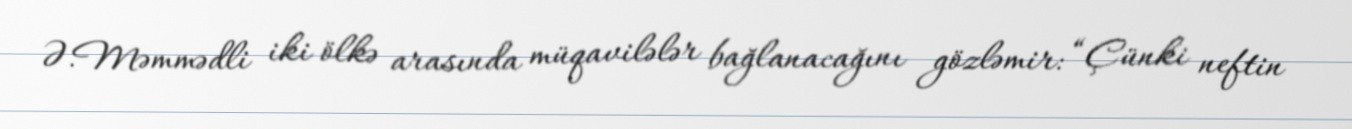
Ə.Məmmədli iki ölkə arasında müqavilələr bağlanacağını gözləmir: “Çünki neftin